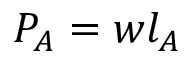
P _ { A } = w l _ { A }